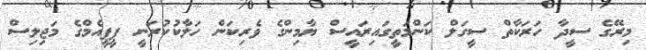
މިރޭގެ ސީދާ ހަރަކާތް ސީގަލް ކަންމަތީގައިރައީސް ޔާމިންގެ ވެރިކަން ހަލާކުކުރަނީ ޕީޕީއެމްގެ މަޖިލިސް